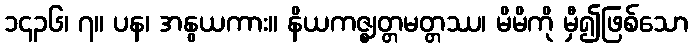
၁၄၃၆၊ ၇။ ပန၊ အနွယကား။ နိယကဇ္ဈတ္တမတ္တဿ၊ မိမိကို မှီ၍ဖြစ်သော